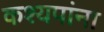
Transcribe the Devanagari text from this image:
कश्यपांना